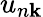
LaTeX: u_{n\mathbf{k}}